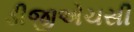
ડીજીએચસી